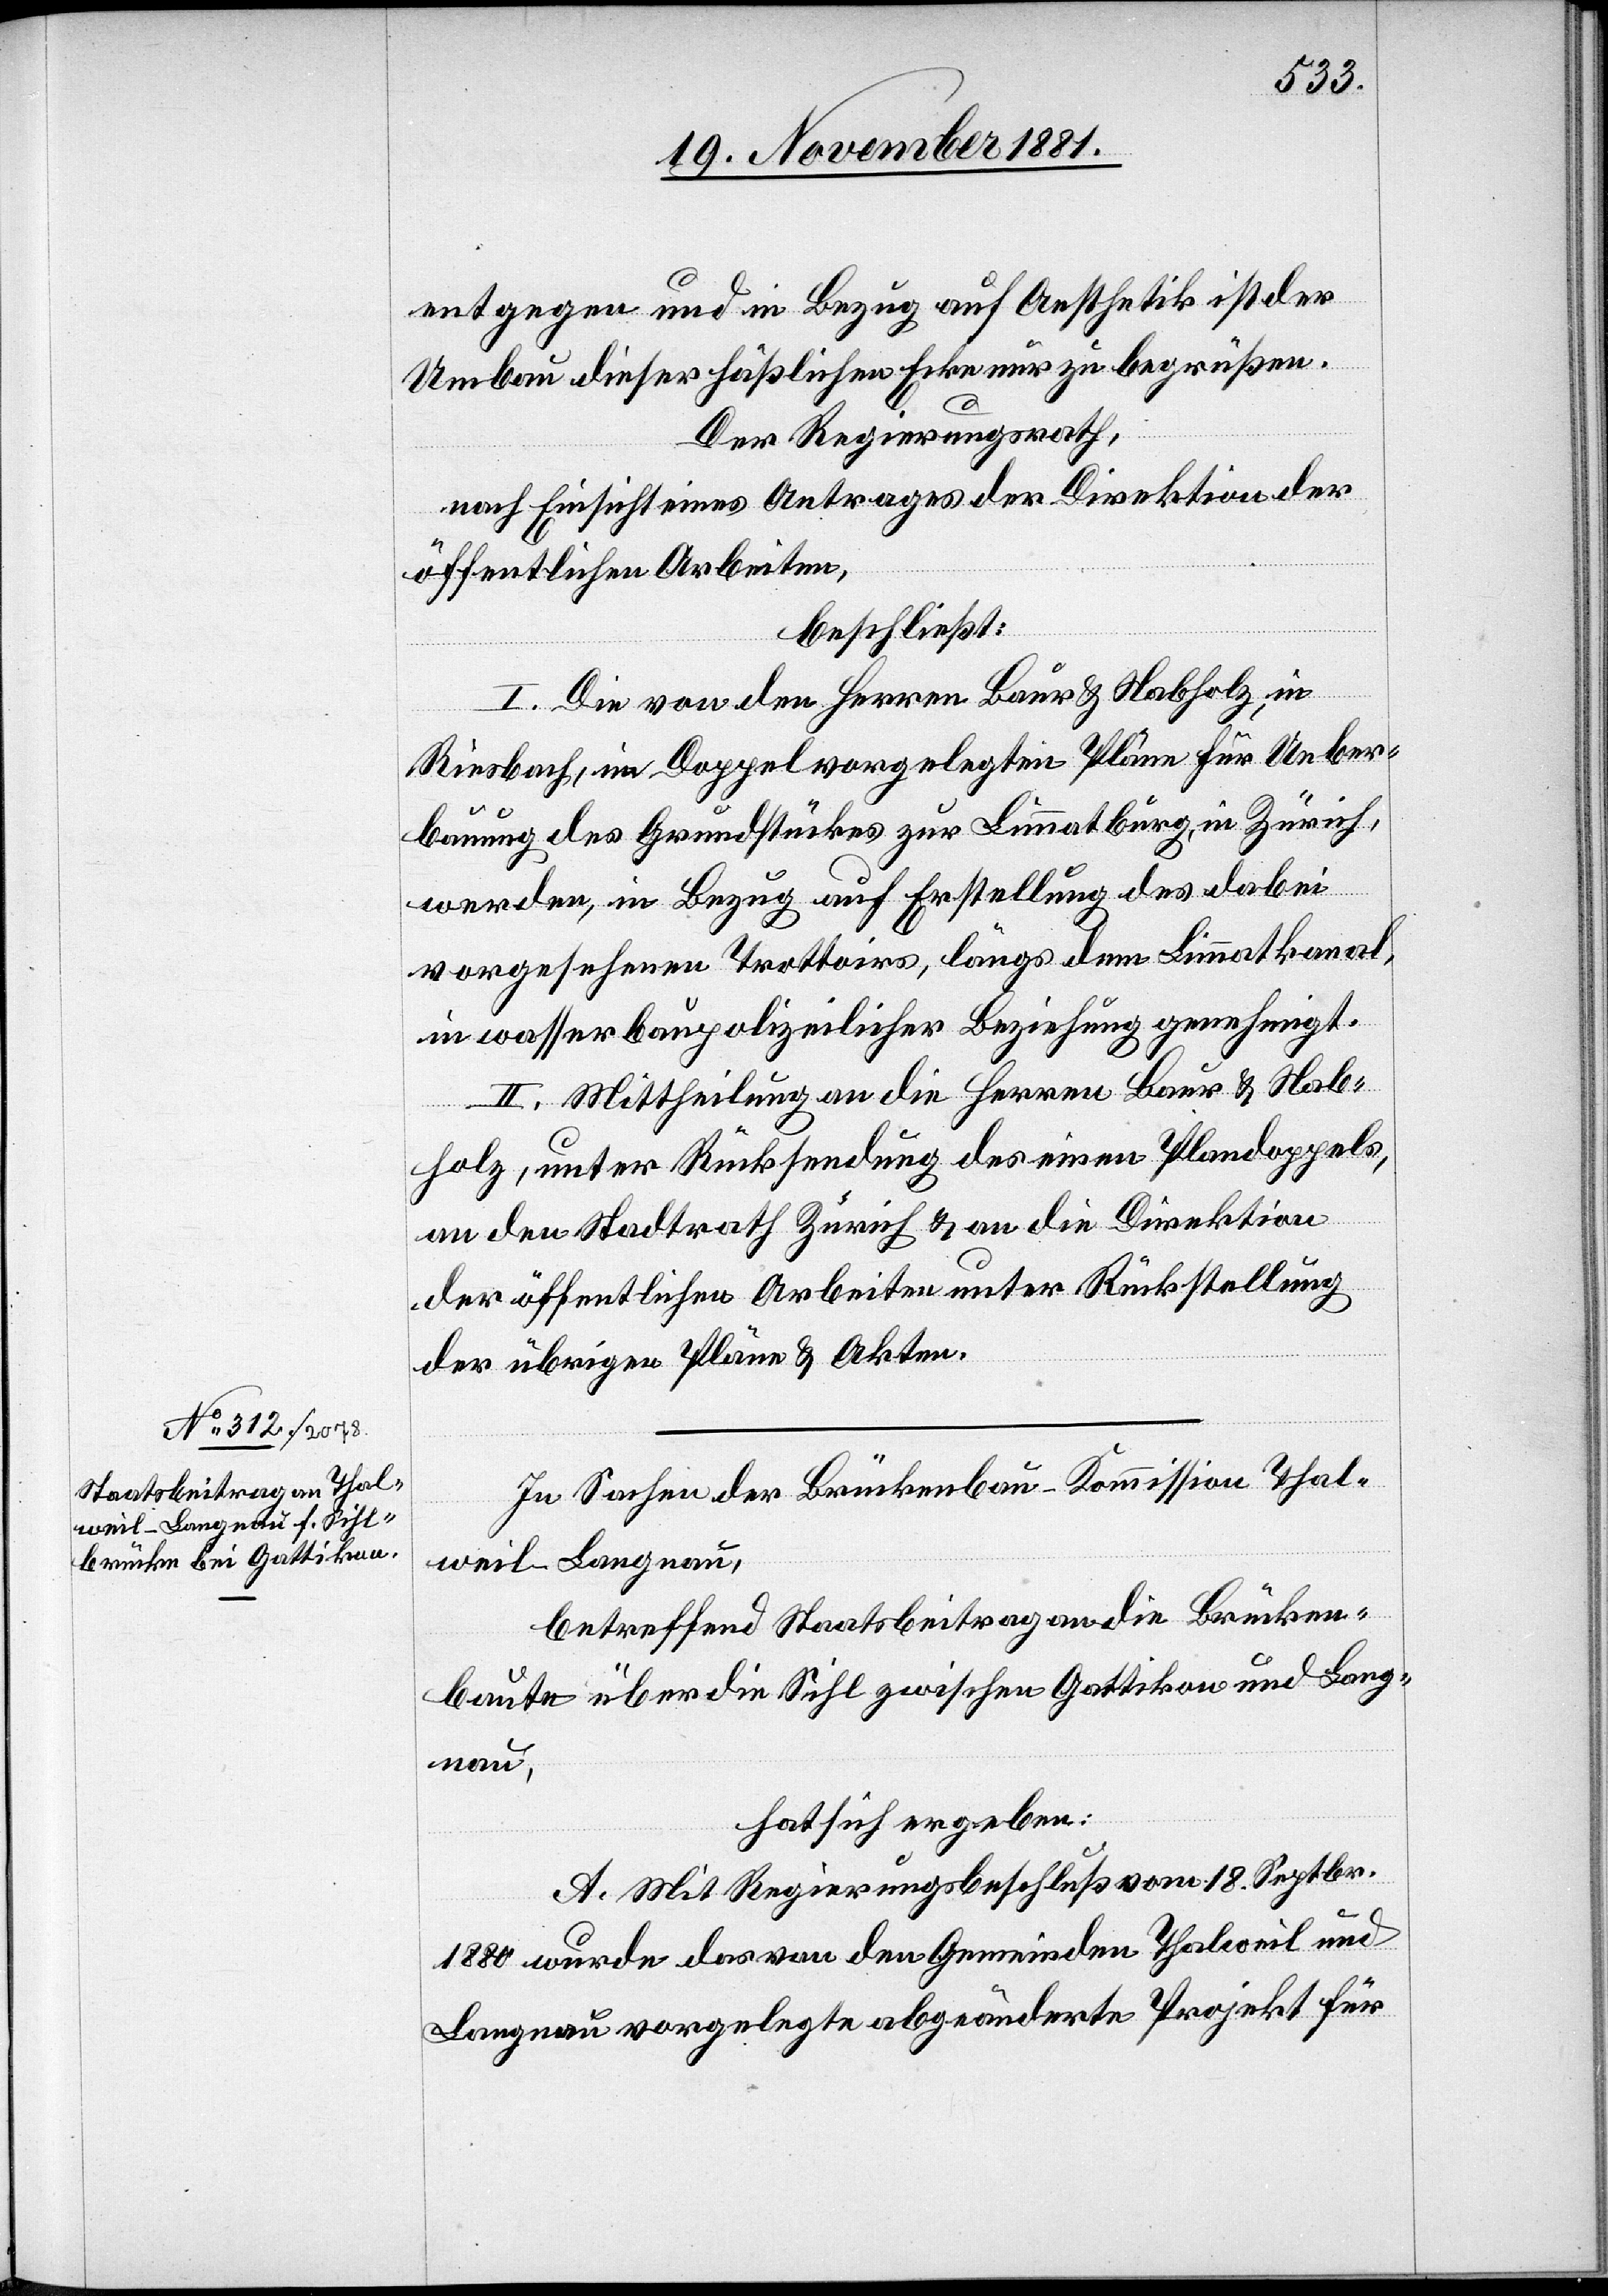
entgegen und in Bezug auf Aesthetik ist der
Umbau dieser häßlichen Ecke nur zu begrüßen.
Der Regierungsrath,
nach Einsicht eines Antrages der Direktion der
öffentlichen Arbeiten,
beschließt:
I. Die von den Herren Baur & Nabholz, in
Riesbach, im Doppel vorgelegten Pläne für Ueber¬
bauung des Grundstückes zur Limmatburg, in Zürich,
werden, in Bezug auf Erstellung des dabei
vorgesehenen Trottoirs, längs dem Limmatkanal,
in wasserbaupolizeilicher Beziehung genehmigt.
II. Mittheilung an die Herren Baur & Nab¬
holz, unter Rücksendung des einen Plandoppels,
an den Stadtrath Zürich & an die Direktion
der öffentlichen Arbeiten unter Rückstellung
der übrigen Pläne & Akten.
In Sachen der Brückenbau-Kommission Thal¬
weil-Langnau,
betreffend Staatsbeitrag an die Brücken¬
baute über die Sihl zwischen Gattikon und Lang¬
nau,
hat sich ergeben:
A. Mit Regierungsbeschluß vom 18. Septbr.
1880 wurde das von den Gemeinden Thalweil und
Langnau vorgelegte abgeänderte Projekt für